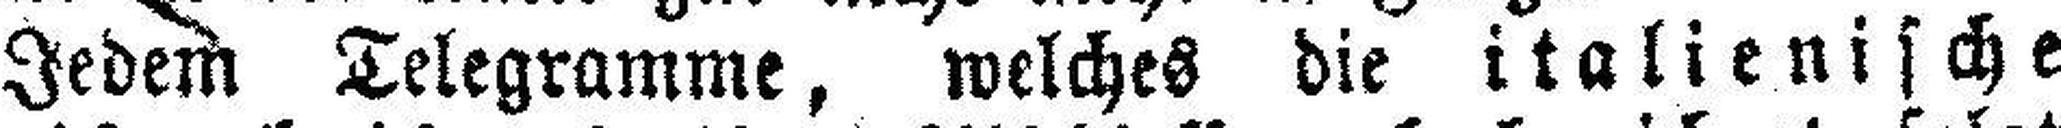
Jedem Telegramme, welches die italienische